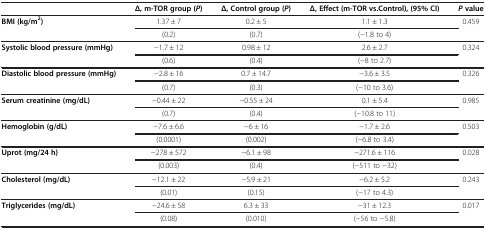
|  | Δ, m-TOR group ( P ) | Δ, Control group ( P ) | Δ, Effect (m-TOR vs.Control), (95% CI) | P value |
 | --- | --- | --- | --- | --- |
 | <ROWSPAN=2> BMI (kg/m2) | 1.37 ± 7 | 0.2 ± 5 | 1.1 ± 1.3 | <ROWSPAN=2> 0.459 |
 | (0.2) | (0.7) | (-1.8 to 4) |
 | <ROWSPAN=2> Systolic blood pressure (mmHg) | -1.7 ± 12 | 0.98 ± 12 | 2.6 ± 2.7 | <ROWSPAN=2> 0.324 |
 | (0.6) | (0.4) | (-8 to 2.7) |
 | <ROWSPAN=2> Diastolic blood pressure (mmHg) | -2.8 ± 16 | 0.7 ± 14.7 | -3.6 ± 3.5 | <ROWSPAN=2> 0.326 |
 | (0.7) | (0.3) | (-10 to 3.6) |
 | <ROWSPAN=2> Serum creatinine (mg/dL) | -0.44 ± 22 | -0.55 ± 24 | 0.1 ± 5.4 | <ROWSPAN=2> 0.985 |
 | (0.7) | (0.4) | (-10.8 to 11) |
 | <ROWSPAN=2> Hemoglobin (g/dL) | -7.6 ± 6.6 | -6 ± 16 | -1.7 ± 2.6 | <ROWSPAN=2> 0.503 |
 | (0.0001) | (0.002) | (-6.8 to 3.4) |
 | <ROWSPAN=2> Uprot (mg/24 h) | -278 ± 572 | -6.1 ± 98 | -271.6 ± 116 | <ROWSPAN=2> 0.028 |
 | (0.003) | (0.4) | (-511 to -32) |
 | <ROWSPAN=2> Cholesterol (mg/dL) | -12.1 ± 22 | -5.9 ± 21 | -6.2 ± 5.2 | <ROWSPAN=2> 0.243 |
 | (0.01) | (0.15) | (-17 to 4.3) |
 | <ROWSPAN=2> Triglycerides (mg/dL) | -24.6 ± 58 | 6.3 ± 33 | -31 ± 12.3 | <ROWSPAN=2> 0.017 |
 | (0.08) | (0.010) | (-56 to -5.8) |